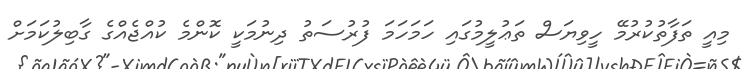
މިއީ ތަފާތުކުރުމޭ ހީވިޔަސް ތަޢުލީމުގައި ހަމަހަމަ ފުރުސަތު ދިނުމަކީ ކޮންމެ ކުއްޖެއްގެ ގާބިލުކަމަށް